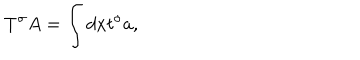
T ^ { \sigma } A = \int d x t ^ { \sigma } a ,